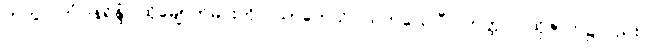
တကွ။ တံဝါနရိန္ဒံ၊ ထိုမျောက်မင်းကို။ ဃာတေသိ၊ သတ်လေပြီ။ တတ္ထပိ၊ ထိုဇာတ်၌လည်း။